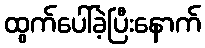
ထွက်ပေါ်ခဲ့ပြီးနောက်